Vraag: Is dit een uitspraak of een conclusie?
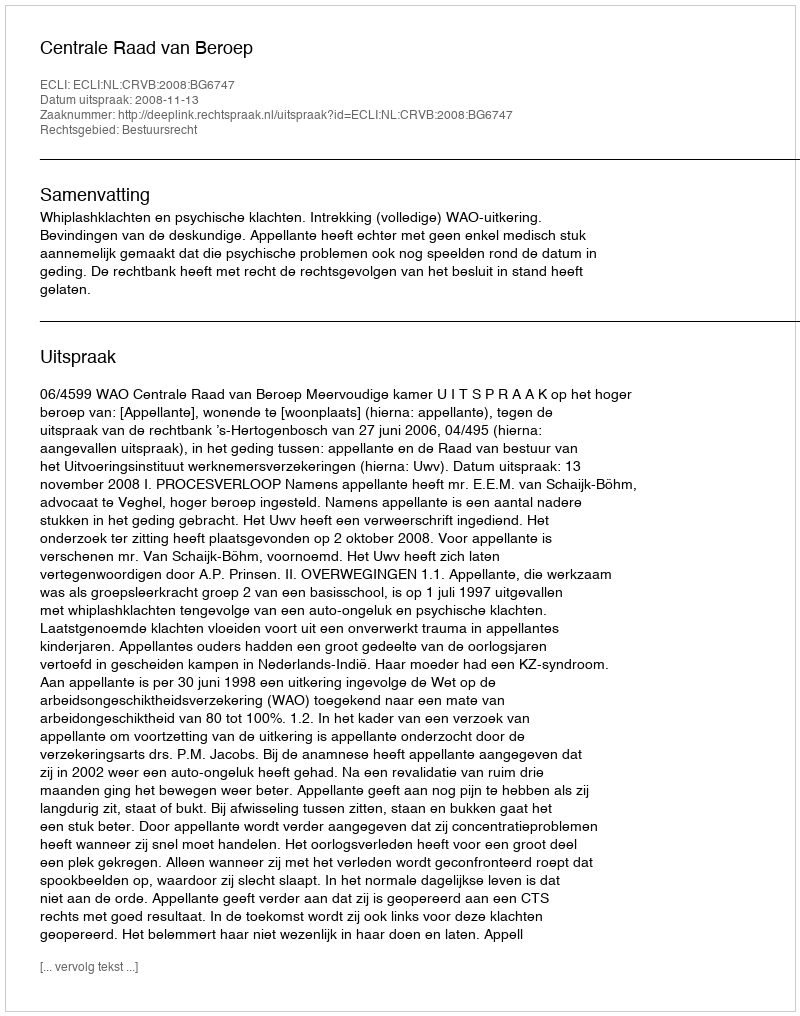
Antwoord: Uitspraak